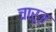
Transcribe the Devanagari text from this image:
चारूज़